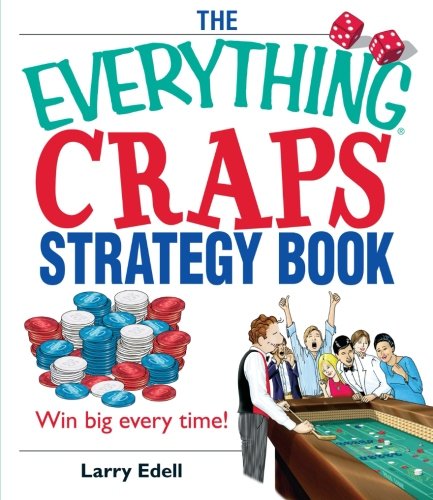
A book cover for The Everything Craps Strategy Book: Win Big Every Time!; Larry Edell; Humor & Entertainment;